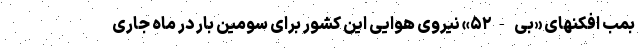
بمب افکنهای «بی -۵۲» نیروی هوایی این کشور برای سومین بار در ماه جاری